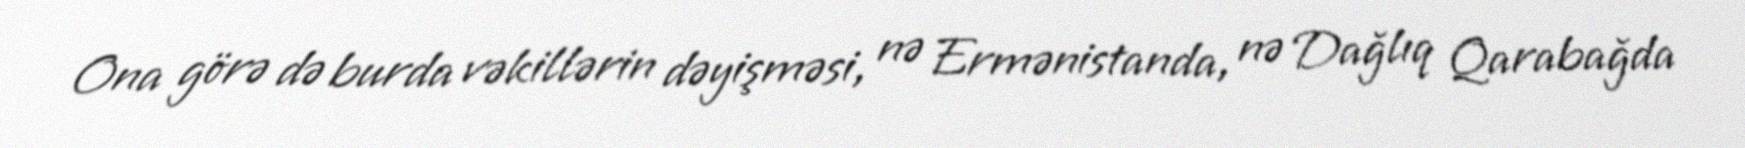
Ona görə də burda vəkillərin dəyişməsi, nə Ermənistanda, nə Dağlıq Qarabağda